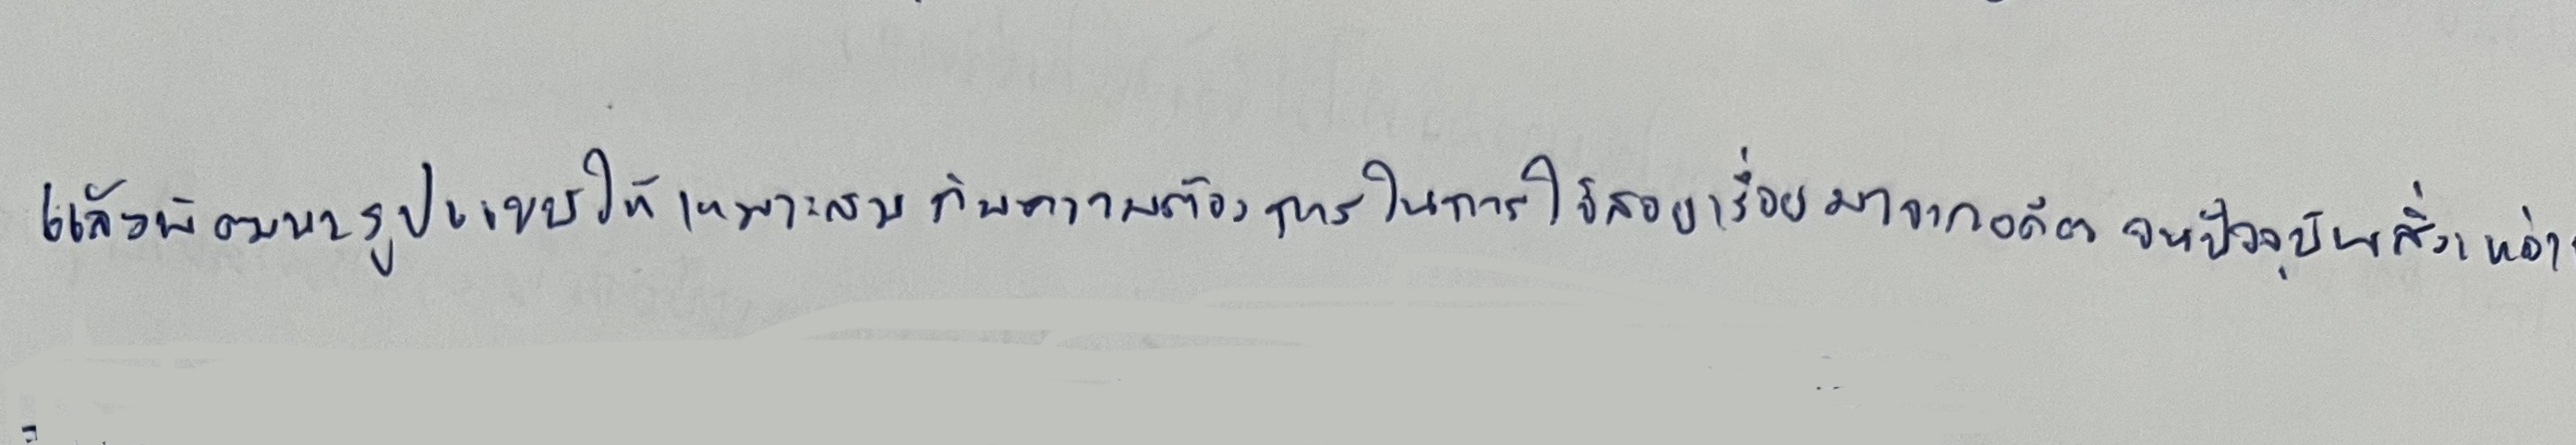
แล้วพัฒนารูปแบบให้เหมาะสมกับความต้องการในการใช้สอยเรื่อยมาจากอดีตจนปัจจุบันสิ่งเหล่านี้